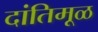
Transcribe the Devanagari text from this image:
दांतिमूळ